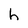
Character: h